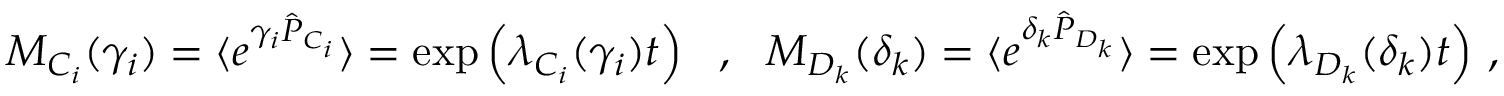
\begin{array} { r } { M _ { C _ { i } } ( \gamma _ { i } ) = \langle e ^ { \gamma _ { i } \hat { P } _ { C _ { i } } } \rangle = \exp \left( \lambda _ { C _ { i } } ( \gamma _ { i } ) t \right) ~ ~ , ~ ~ M _ { D _ { k } } ( \delta _ { k } ) = \langle e ^ { \delta _ { k } \hat { P } _ { D _ { k } } } \rangle = \exp \left( \lambda _ { D _ { k } } ( \delta _ { k } ) t \right) \, , } \end{array}